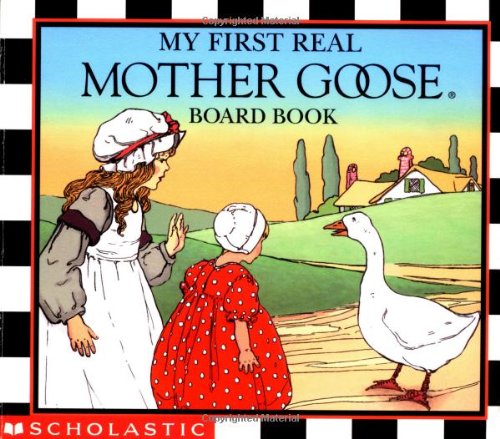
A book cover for My First Real Mother Goose; Blanche Fisher Wright; Children's Books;